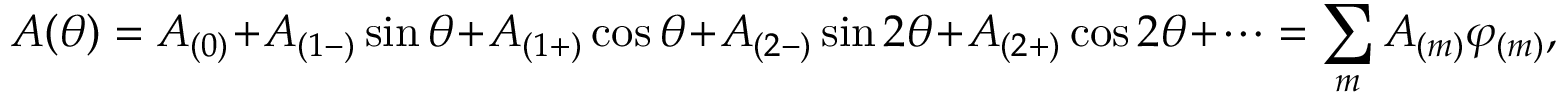
A ( \theta ) = A _ { ( 0 ) } + A _ { ( 1 - ) } \sin \theta + A _ { ( 1 + ) } \cos \theta + A _ { ( 2 - ) } \sin 2 \theta + A _ { ( 2 + ) } \cos 2 \theta + \cdots = \sum _ { m } A _ { ( m ) } \varphi _ { ( m ) } ,